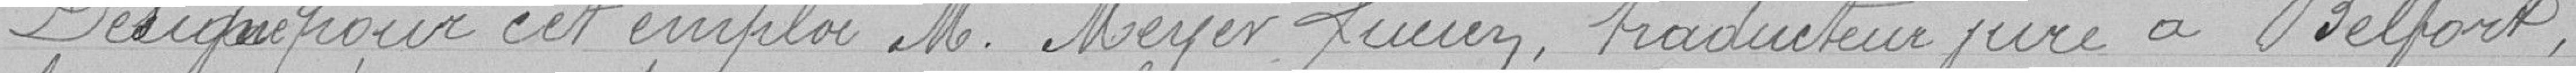
Désigne pour cette emploi M. Meyer Lucien, traducteur juré à Belfort,